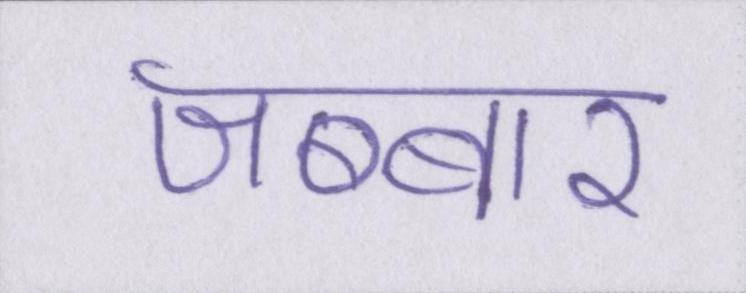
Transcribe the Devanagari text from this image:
जब्बार